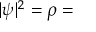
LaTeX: | \psi | ^ { 2 } = \rho =